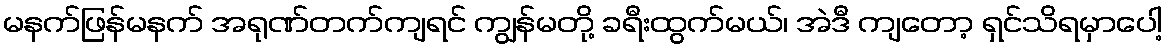
မနက်ဖြန်မနက် အရုဏ်တက်ကျရင် ကျွန်မတို့ ခရီးထွက်မယ်၊ အဲဒီ ကျတော့ ရှင်သိရမှာပေါ့